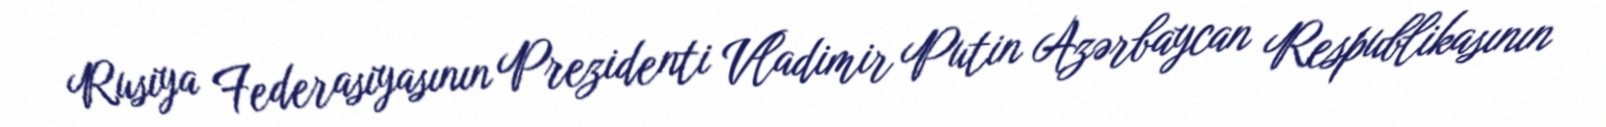
Rusiya Federasiyasının Prezidenti Vladimir Putin Azərbaycan Respublikasının